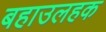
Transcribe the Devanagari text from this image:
बहाउलहक